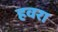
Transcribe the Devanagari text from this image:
हवरा